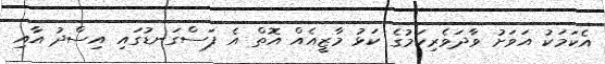
އެކަމަކު އަވަށު ވާދަވެރިކަމުގެ ކަޅު މާޒީއެއް އޮތް އެ ފަސްގަނޑުގައި އިސްދު އާއި